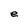
Character: e